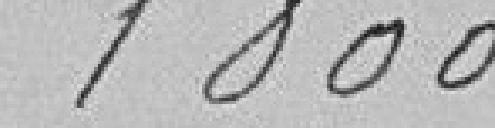
1 800